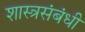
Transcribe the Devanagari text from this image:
शास्त्रसंबंधी